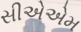
સીએએમ